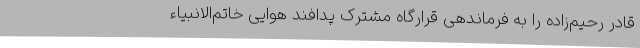
قادر رحیم‌زاده را به فرماندهی قرارگاه مشترک پدافند هوایی خاتم‌الانبیاء